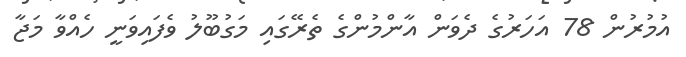
އުމުރުން 78 އަހަރުގެ ދެވަން އާންމުންގެ ތެރޭގައި މަގުބޫލު ވެފައިވަނީ ހެއްވާ މަޖާ